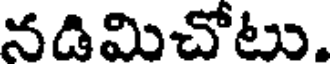
నడిమిచోటు.